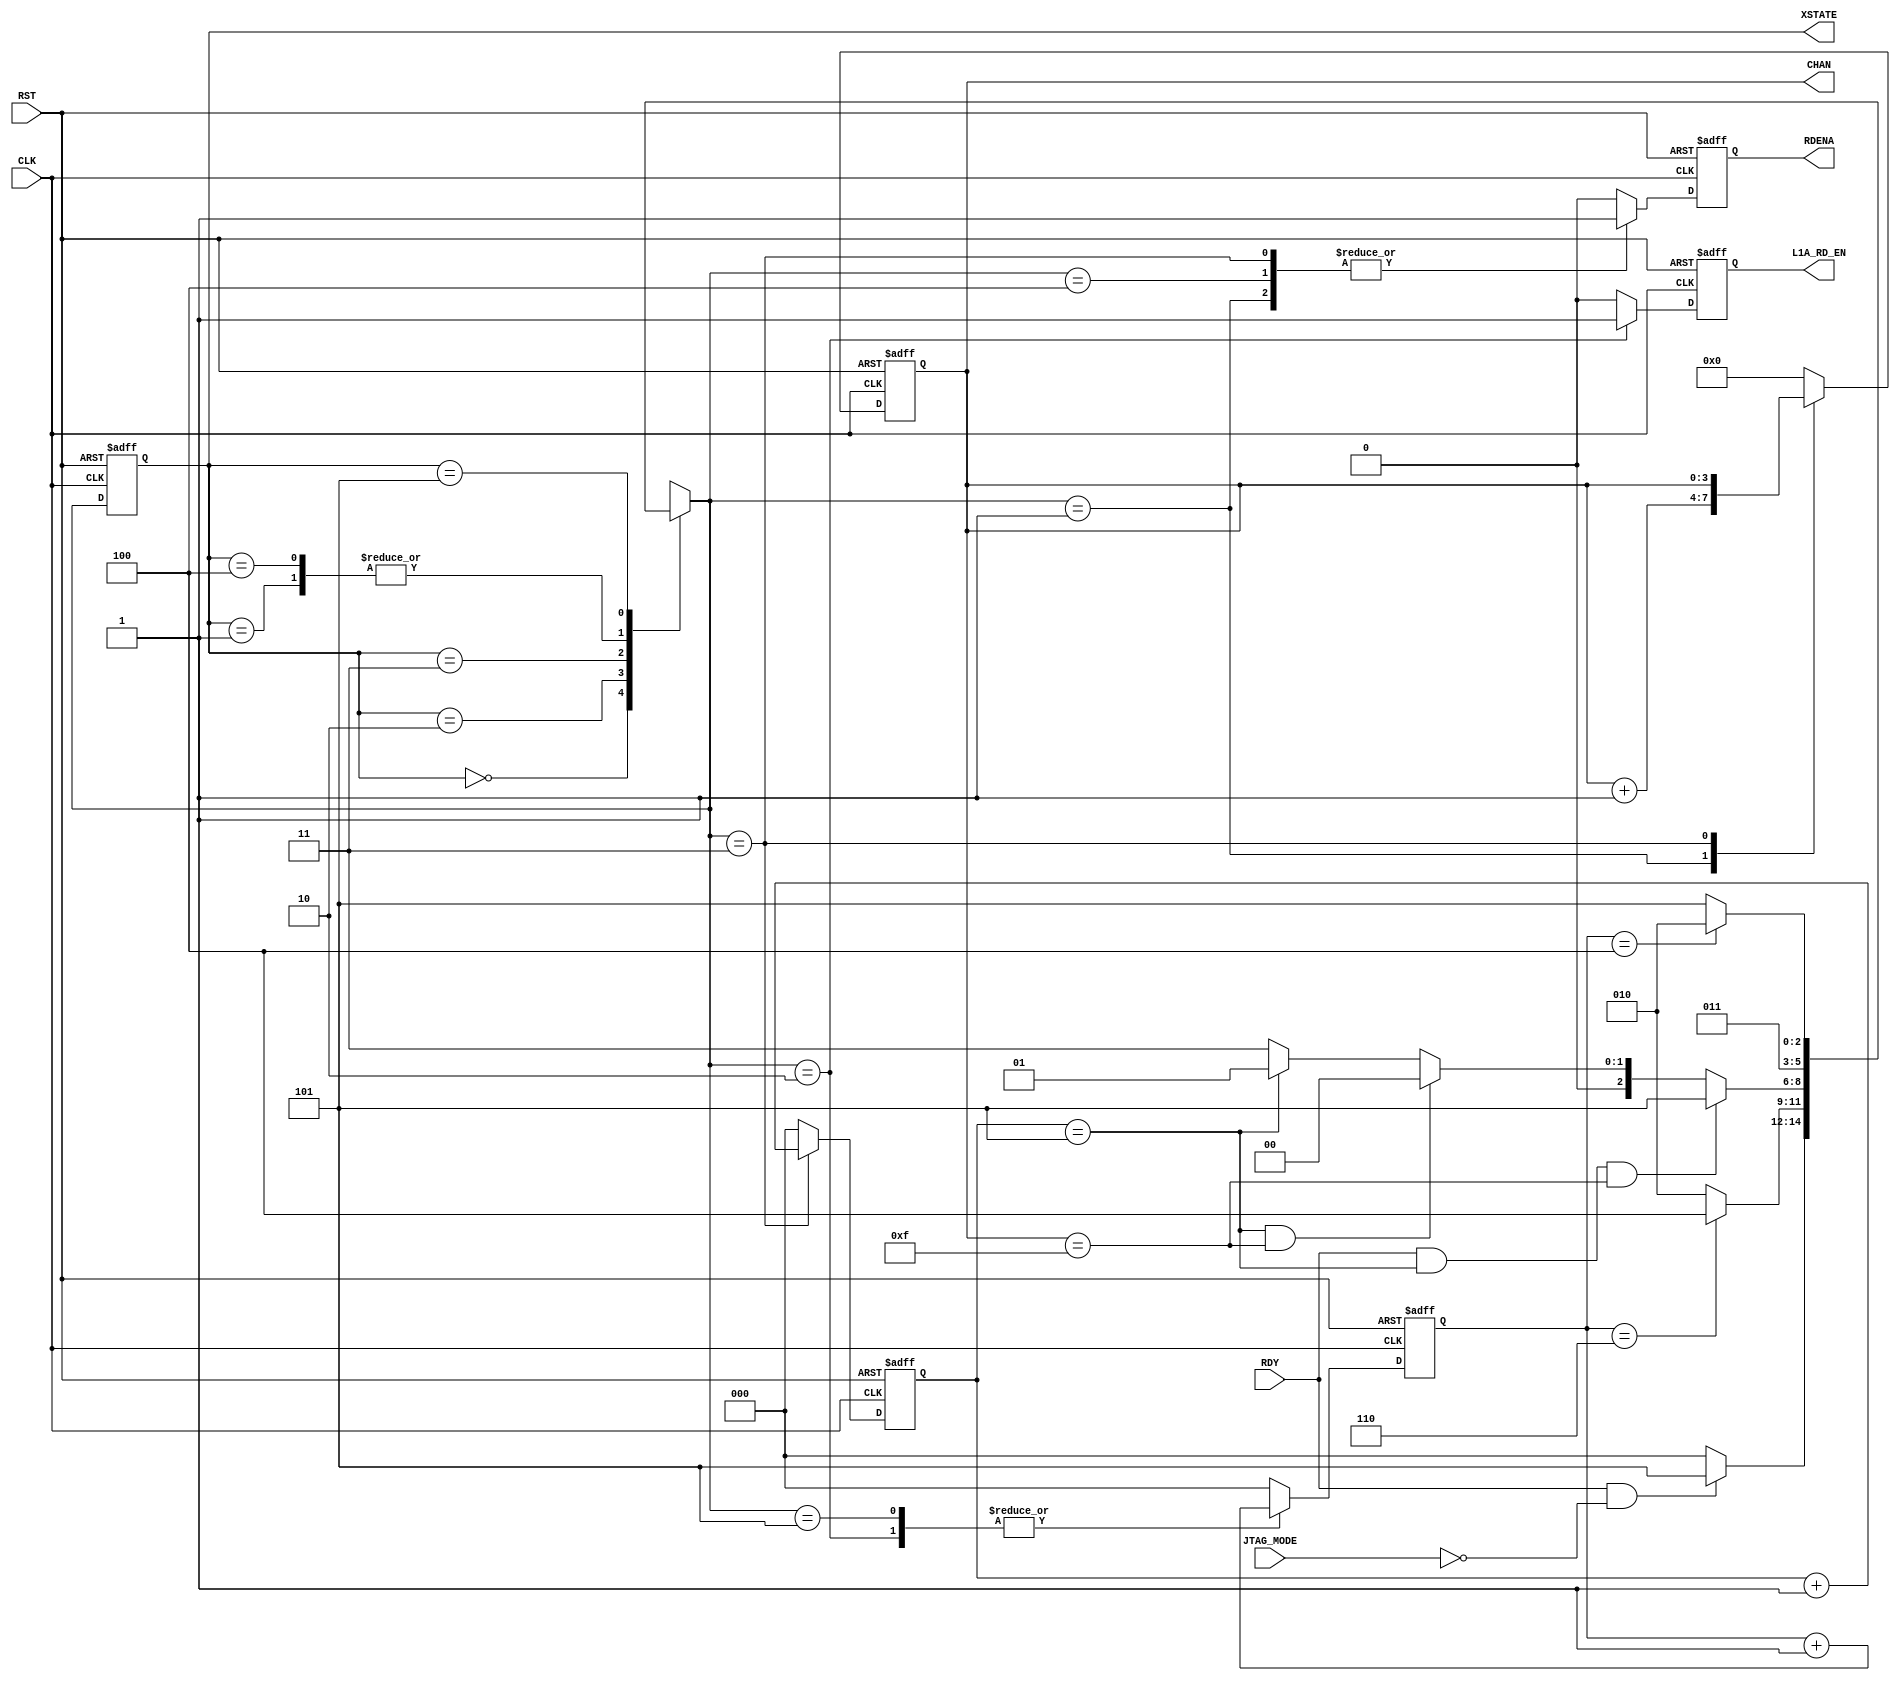

// Created by fizzim_tmr.pl version $Revision: 4.44 on 2014:08:26 at 13:14:23 (www.fizzim.com)

module transfer_samples_FSM (
  output reg [3:0] CHAN,
  output reg L1A_RD_EN,
  output reg RDENA,
  output wire [2:0] XSTATE,
  input CLK,
  input JTAG_MODE,
  input RDY,
  input RST 
);

  // state bits
  parameter 
  Idle           = 3'b000, 
  Inc_Chan_state = 3'b001, 
  L1A_Rd_two     = 3'b010, 
  Rd_Ena         = 3'b011, 
  Strt_Trns      = 3'b100, 
  Wait           = 3'b101; 

  reg [2:0] state;

  assign XSTATE = state;

  reg [2:0] nextstate;

  reg [2:0] chip;
  reg [2:0] cnt;

  // comb always block
  always @* begin
    nextstate = 3'bxxx; // default to x because default_state_is_x is set
    case (state)
      Idle          : if      (RDY && !JTAG_MODE)                  nextstate = Wait;
                      else                                         nextstate = Idle;
      Inc_Chan_state:                                              nextstate = Rd_Ena;
      L1A_Rd_two    : if      (cnt ==  6)                          nextstate = Strt_Trns;
                      else                                         nextstate = L1A_Rd_two;
      Rd_Ena        : if      (RDY && (chip == 5) && (CHAN ==15))  nextstate = Wait;
                      else if ((chip == 5) && (CHAN == 15))        nextstate = Idle;
                      else if ((chip == 5))                        nextstate = Inc_Chan_state;
                      else                                         nextstate = Rd_Ena;
      Strt_Trns     :                                              nextstate = Rd_Ena;
      Wait          : if      (cnt == 4)                           nextstate = L1A_Rd_two;
                      else                                         nextstate = Wait;
    endcase
  end

  // Assign reg'd outputs to state bits

  // sequential always block
  always @(posedge CLK or posedge RST) begin
    if (RST)
      state <= Idle;
    else
      state <= nextstate;
  end

  // datapath sequential always block
  always @(posedge CLK or posedge RST) begin
    if (RST) begin
      CHAN <= 4'h0;
      L1A_RD_EN <= 0;
      RDENA <= 0;
      chip <= 3'h0;
      cnt <= 3'h0;
    end
    else begin
      CHAN <= 4'h0; // default
      L1A_RD_EN <= 0; // default
      RDENA <= 0; // default
      chip <= 3'h0; // default
      cnt <= 3'h0; // default
      case (nextstate)
        Inc_Chan_state: begin
                               CHAN <= CHAN + 1;
                               RDENA <= 1;
        end
        L1A_Rd_two    : begin
                               L1A_RD_EN <= 1;
                               cnt <= cnt + 1;
        end
        Rd_Ena        : begin
                               CHAN <= CHAN;
                               RDENA <= 1;
                               chip <= chip + 1;
        end
        Strt_Trns     :        RDENA <= 1;
        Wait          :        cnt <= cnt + 1;
      endcase
    end
  end

  // This code allows you to see state names in simulation
  `ifndef SYNTHESIS
  reg [111:0] statename;
  always @* begin
    case (state)
      Idle          : statename = "Idle";
      Inc_Chan_state: statename = "Inc_Chan_state";
      L1A_Rd_two    : statename = "L1A_Rd_two";
      Rd_Ena        : statename = "Rd_Ena";
      Strt_Trns     : statename = "Strt_Trns";
      Wait          : statename = "Wait";
      default       : statename = "XXXXXXXXXXXXXX";
    endcase
  end
  `endif

endmodule